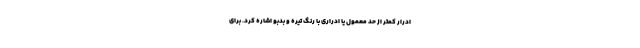
ادرار کمتر از حد معمول یا ادراری با رنگ تیره و بدبو اشاره کرد. برای